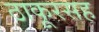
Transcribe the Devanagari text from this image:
ठाकूरसह